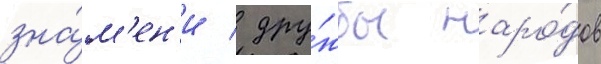
зна́м'ен'и / дру́жбы наро́дов